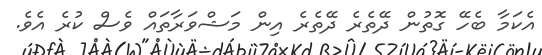
އެކަމާ ބެހޭ ގޮތުން ދޭތެރެ ދޭތެރެ އިން މަޝްވަރާތައް ވެސް ކުރެ އެވެ.